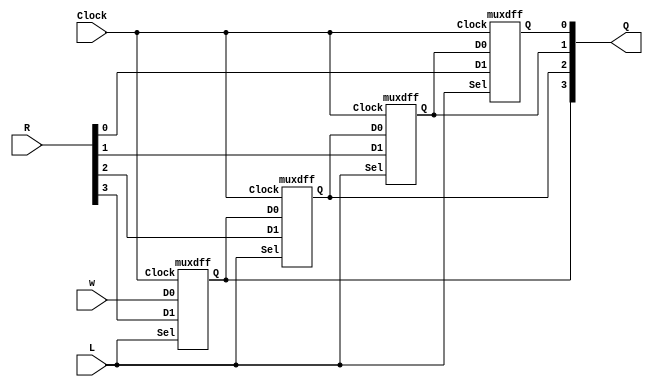
/* pg 401 - 4 bit shift register */

module bm_DL_4_bit_shift_register (R, L, w, Clock, Q);
	input [3:0] R;
	input L, w, Clock;
	output [3:0] Q;
	wire [3:0] Q;

	muxdff Stage3 (w, R[3], L, Clock, Q[3]);
	muxdff Stage2 (Q[3], R[2], L, Clock, Q[2]);
	muxdff Stage1 (Q[2], R[1], L, Clock, Q[1]);
	muxdff Stage0 (Q[1], R[0], L, Clock, Q[0]);

endmodule

module muxdff (D0, D1, Sel, Clock, Q);
	input D0, D1, Sel, Clock;
	output Q;
	reg Q;

	always @(posedge Clock)
	 	if (~Sel)
			Q <= D0;
		else 
			Q <= D1;
		
endmodule